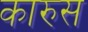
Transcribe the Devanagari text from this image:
कारुस